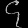
Digit: ၄